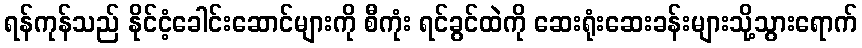
ရန်ကုန်သည် နိုင်ငံ့ခေါင်းဆောင်များကို စီကုံး ရင်ခွင်ထဲကို ဆေးရုံးဆေးခန်းများသို့သွားရောက်